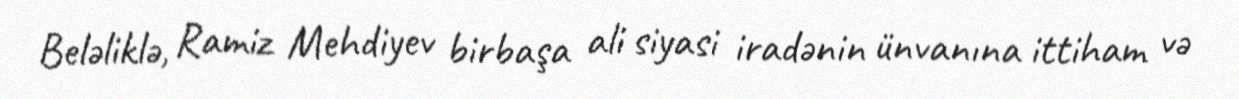
Beləliklə, Ramiz Mehdiyev birbaşa ali siyasi iradənin ünvanına ittiham və